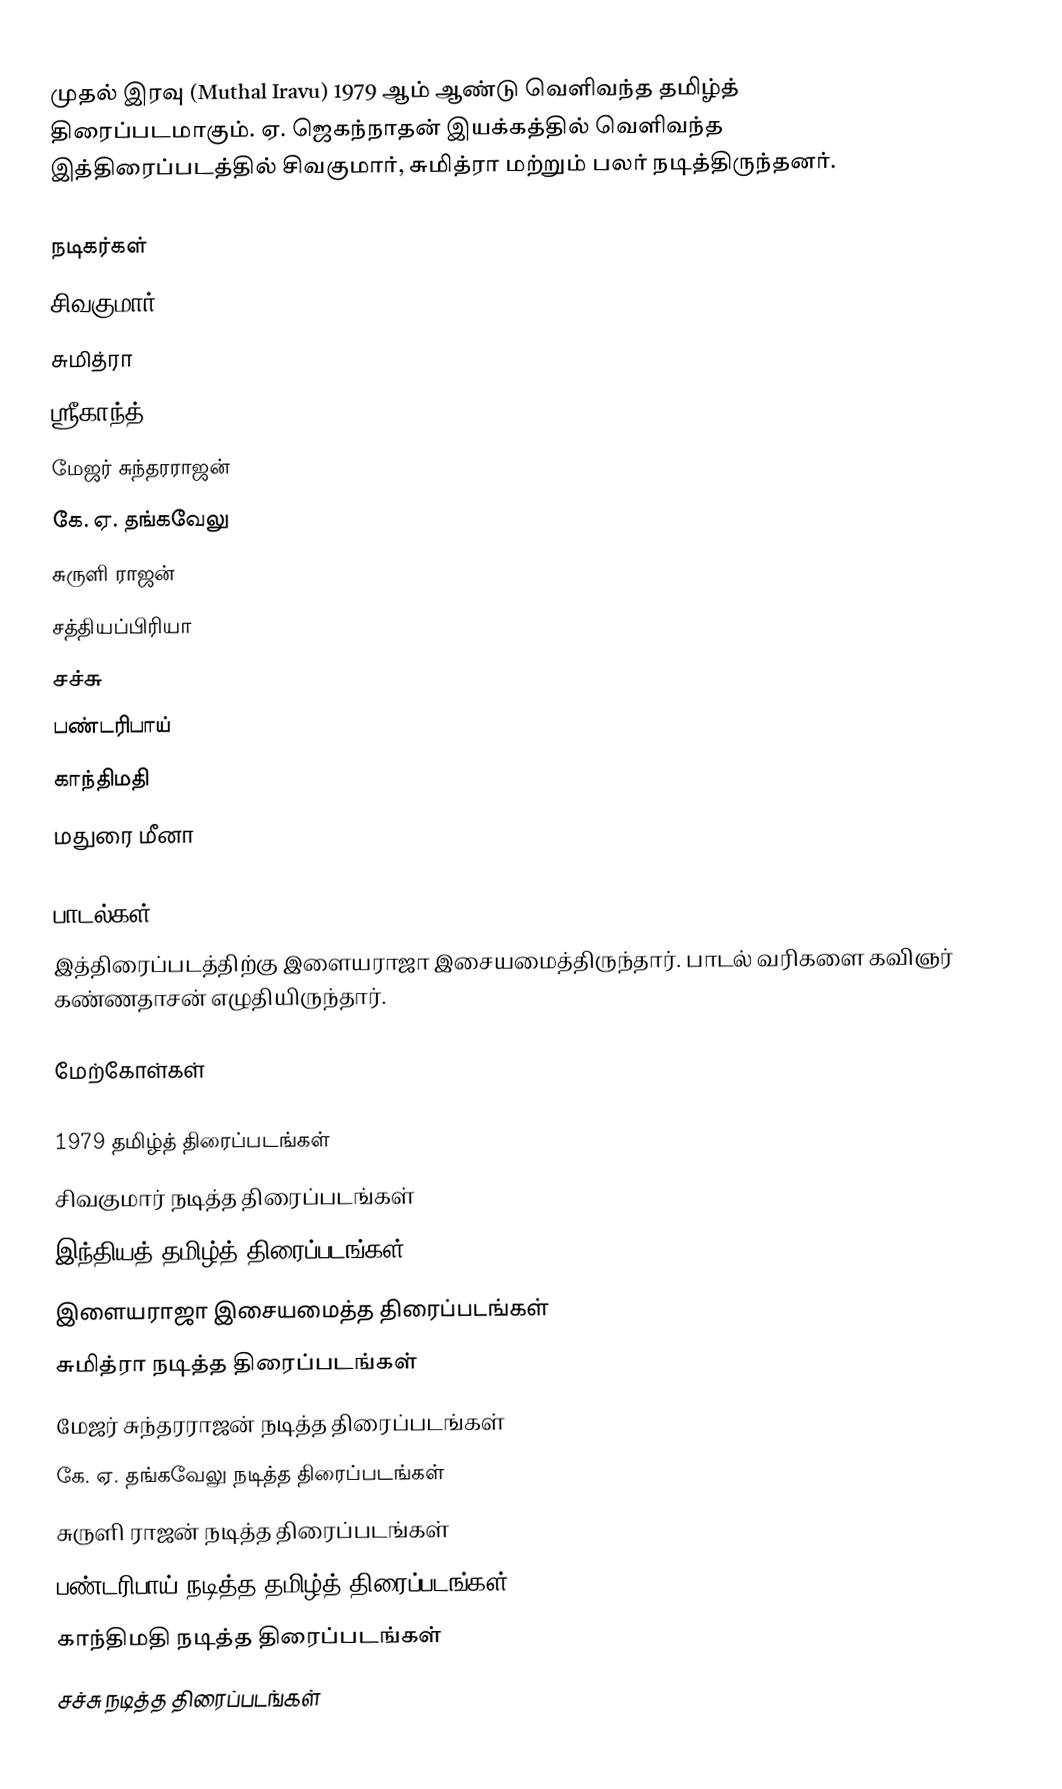
முதல் இரவு (Muthal Iravu) 1979 ஆம் ஆண்டு வெளிவந்த தமிழ்த் திரைப்படமாகும். ஏ. ஜெகந்நாதன் இயக்கத்தில் வெளிவந்த இத்திரைப்படத்தில் சிவகுமார், சுமித்ரா மற்றும் பலர் நடித்திருந்தனர்.

நடிகர்கள்
 சிவகுமார்
 சுமித்ரா
 ஸ்ரீகாந்த்
 மேஜர் சுந்தரராஜன்
 கே. ஏ. தங்கவேலு
 சுருளி ராஜன்
 சத்தியப்பிரியா
 சச்சு
 பண்டரிபாய்
 காந்திமதி
 மதுரை மீனா

பாடல்கள்
இத்திரைப்படத்திற்கு இளையராஜா இசையமைத்திருந்தார். பாடல் வரிகளை கவிஞர் கண்ணதாசன் எழுதியிருந்தார்.

மேற்கோள்கள்

1979 தமிழ்த் திரைப்படங்கள்
சிவகுமார் நடித்த திரைப்படங்கள்
இந்தியத் தமிழ்த் திரைப்படங்கள்
இளையராஜா இசையமைத்த திரைப்படங்கள்
சுமித்ரா நடித்த திரைப்படங்கள்
மேஜர் சுந்தரராஜன் நடித்த திரைப்படங்கள்
கே. ஏ. தங்கவேலு நடித்த திரைப்படங்கள்
சுருளி ராஜன் நடித்த திரைப்படங்கள்
பண்டரிபாய் நடித்த தமிழ்த் திரைப்படங்கள்
காந்திமதி நடித்த திரைப்படங்கள்
சச்சு நடித்த திரைப்படங்கள்